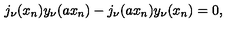
j _ { \nu } ( x _ { n } ) y _ { \nu } ( a x _ { n } ) - j _ { \nu } ( a x _ { n } ) y _ { \nu } ( x _ { n } ) = 0 ,